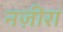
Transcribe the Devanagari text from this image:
नज़ीरा